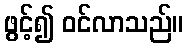
ဖွင့်၍ ဝင်လာသည်။